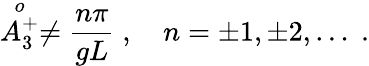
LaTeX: \stackrel{o}{A_{3}^{+}}\neq{\frac{n\pi}{gL}}\; ,\quad n=\pm 1,\pm 2,\ldots\; .